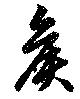
矦